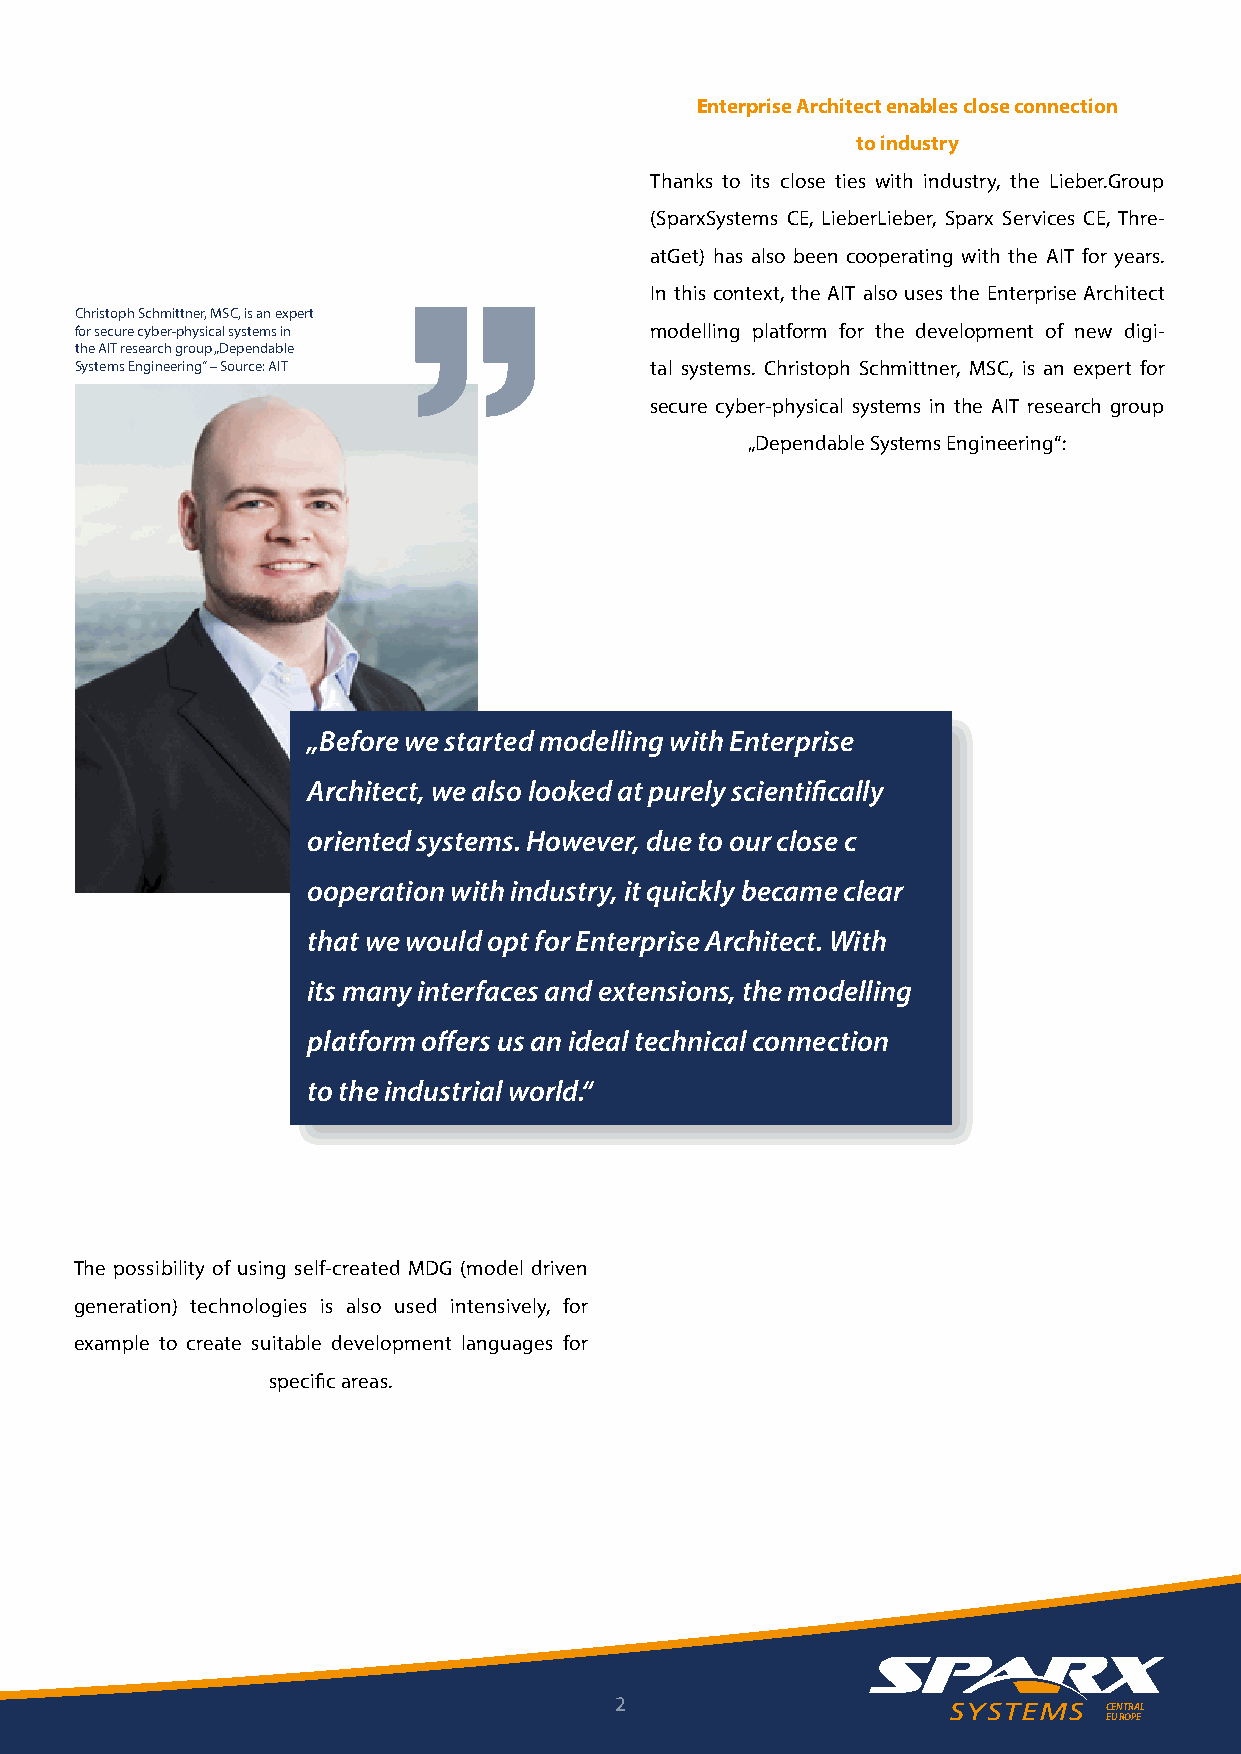
Enterprise Architect enables close connection
 to industry
 Thanks to its close ties with industry, the Lieber.Group
 (SparxSystems CE, LieberLieber, Sparx Services CE, Thre-
 atGet) has also been cooperating with the AIT for years.
 In this context, the AIT also uses the Enterprise Architect
 Christoph Schmittner, MSC, is an expert
 for secure cyber-physical systems in  modelling platform for the development of new digi-
 the AIT research group „Dependable
 Systems Engineering“ – Source: AIT    tal systems. Christoph Schmittner, MSC, is an expert for
 secure cyber-physical systems in the AIT research group
 „Dependable Systems Engineering“:
 „Before we started modelling with Enterprise
 Architect, we also looked at purely scientifically
 oriented systems. However, due to our close c
 ooperation with industry, it quickly became clear
 that we would opt for Enterprise Architect. With
 its many interfaces and extensions, the modelling
 platform offers us an ideal technical connection
 to the industrial world.“
 The possibility of using self-created MDG (model driven
 generation) technologies is also used intensively, for
 example to create suitable development languages for
 specific areas.
 2
 CENTRAL
 EUROPE